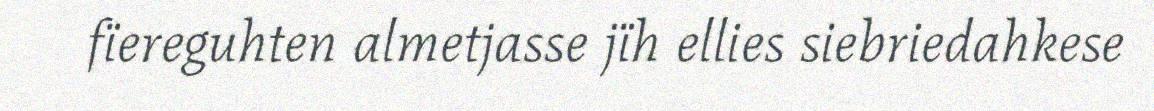
fïereguhten almetjasse jïh ellies siebriedahkese